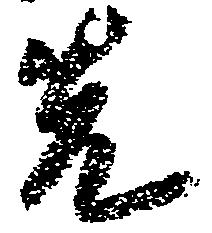
先